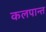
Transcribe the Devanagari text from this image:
कलपान्त